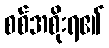
စစ်အစိုးရ၏